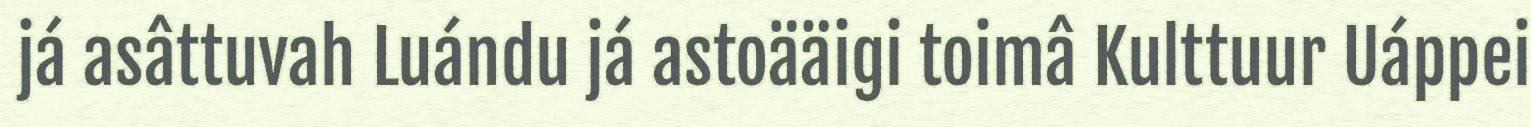
já asâttuvah Luándu já astoääigi toimâ Kulttuur Uáppei